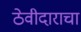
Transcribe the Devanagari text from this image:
ठेवीदाराचा